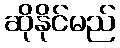
ဆိုနိုင်မည်